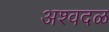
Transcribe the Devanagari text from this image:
अश्वदळ